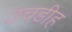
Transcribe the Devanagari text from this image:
उचडीह